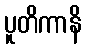
ပူတိကာနိ